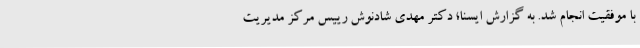
با موفقیت انجام شد. به گزارش ایسنا؛ دکتر مهدی شادنوش رییس مرکز مدیریت